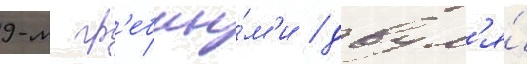
9-м гр'ебны́м'и / двум'я́